Burma Government Medical School reports 1907-22
Year: 1907
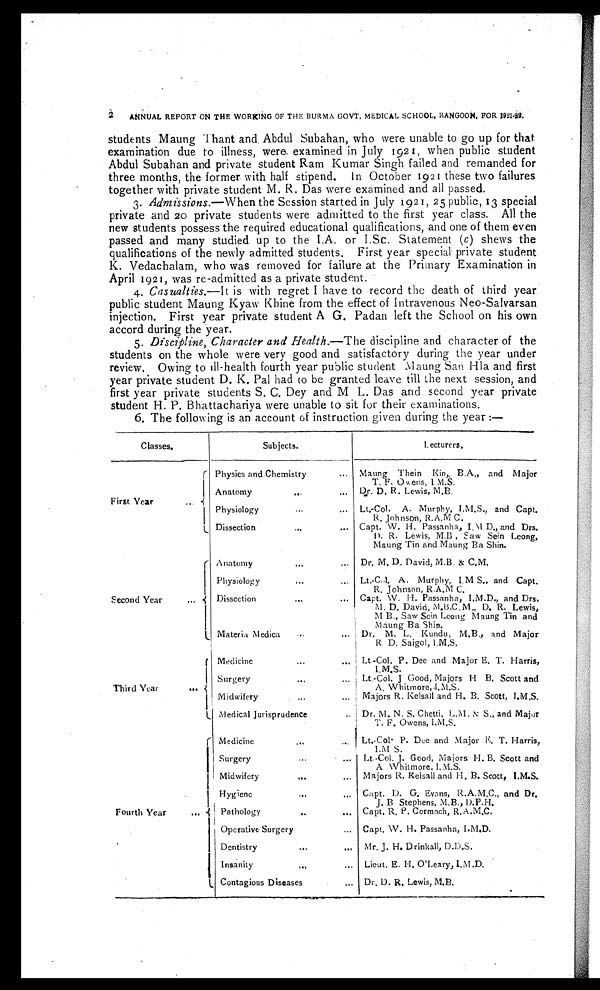
ANNUAL REPORT ON THE WORKING OF THE BURMA GOVT. MEDICAL SCHOOL, RANGOON, FOR 1921-22.
st udent s Maung Thant and Abdul Subahan, who wer e unabl e t o go up f or t hat
examination due to illness, were examined in July 1921, when public student
Abdul Subahan and private student Ram Kumar Singh failed and remanded for
three months, the former with half stipend. In October 1921 these two failures
together with private student M. R. Das were examined and all passed.
3.
Admissions.— When the Session started in July 1921, 25 public, 13 special
private and 20 private students were admitted to the first year class. All the
new students possess the required educational qualifications, and one of them even
passed and many studied up to the I.A. or I.Sc. Statement ( c ) shews the
qualifications of the newly admitted students. First year special private student
K. Vedachalam, who was removed for failure at the Primary Examination in
April 1921, was re-admitted as a private student.
4.
Casualties.— It is with regret I have to record the death of third year
public student Maung Kyaw Khine from the effect of Intravenous Neo-Salvarsan
injection. First year private student A G. Padan left the School on his own
accord during the year.
5.
Discipline, Character and Health.— The discipline and character of the
students on the whole were very good and satisfactory during the year under
review. Owing to ill-health fourth year public student Maung San Hla and first
year private student D. K. Pal had to be granted leave till the next session, and
first year private students S. C. Dey and M L. Das and second year private
student H. P. Bhattachariya were unable to sit for their examinations.
6. The following is an account of instruction given during the year:—
Classes.
Subjects.
Lecturers.
First Year . . .
Physics and Chemistry . . .
Maung Thein Kin, B.A., and Major
T. F. Owens, I. M.S.
Anatomy . . .
Dr. D. R. Lewis, M.B.
Physiology . . .
Lt,-Col. A. Murphy, I.M.S., and Capt.
R. Johnson, R.A.M C.
Dissection . . .
Capt. W. H. Passanha, I.M D., and Drs.
D. R. Lewis, M.B, Saw Sein Leong,
Maung Tin and Maung Ba Shin.
Second Year . . .
Anatomy . . .
Dr. M. D. David, M.B. & C.M.
P h y s i o l o g y . . .
Lt.-Col. A. Murphy, I.M S., and Capt.
R. Johnson, R.A.M C.
Dissection . . .
Capt. W. H. Passanha, I.M.D., and Drs.
M. D. David, M.B.C. M., D. R. Lewis,
M B., Saw Sein Leong Maung Tin and
Maung Ba Shin.
Materia Medica . . .
Dr. M. L. Kundu, M.B., and Major
R D. Saigol, I.M.S.
Third year . . .
Medicine . . .
Lt.-Col. P. Dee and Major E. T. Harris,
I.M.S.
Surgery . . .
Lt.-Col. J Good, Majors H B. Scott and
A. Whitmore, I.M.S.
Midwifery . . .
Majors R. Kelsall and H. B. Scott, I.M.S.
Medical Jurisprudence . . .
Dr. M. N. S. Chetti, L.M. & S., and Major
T. F. Owens, I.M.S.
Fourth Year . . .
Medicine . . .
Lt.-Col. P. Dee and Major E. T. Harris,
I . M S .
Surgery . . .
Lt.-Col. J. Good, Majors H. B. Scott and
A Whitmore, I. M.S.
Midwifery . . .
Majors R. Kelsall and H. B. Scott, I.M.S.
Hygiene . . .
Capt. D. G. Evans, R.A.M.C., and Dr.
J. B Stephens, M.B., D.P.H.
Pathology . . . Capt. R. P. Cormach, R.A.M.C.
Operative Surgery . . . Capt. W. H. Passanha, I.M.D.
Dentistry . . . Mr. J. H. Drinkall, D.D.S.
Insanity . . . Lieut. E. H. O'Leary, I.M.D.
Contagious Diseases . . . Dr. D. R. Lewis, M.B.